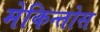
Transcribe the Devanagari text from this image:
मेकिन्तोस